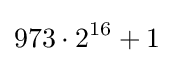
973\cdot 2^{16}+1